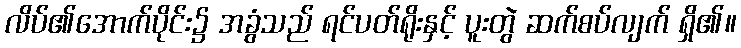
လိပ်၏အောက်ပိုင်း၌ အခွံသည် ရင်ပတ်ရိုးနှင့် ပူးတွဲ ဆက်စပ်လျက် ရှိ၏။